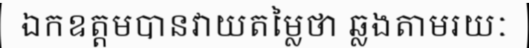
ឯកឧត្តមបានវាយតម្លៃថា ឆ្លងតាមរយៈ